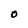
Character: O